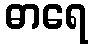
ဓာရေ